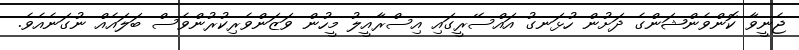
ޖެނީވާ ކޮންވެންޝަންގެ ދަށުން ހުޅަނގު އައްސޭރީގައި އިސްރާއީލު މީހުން ވަޒަންވެރިކުރުންވެސް ބަލައެއް ނުގަނެއެވެ.